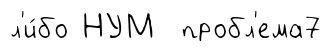
л'и́бо НУМ пробл'ема7